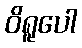
ဝိရူပေါ